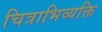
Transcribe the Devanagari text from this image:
चित्राभिव्यक्ति